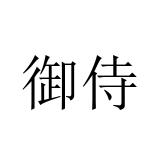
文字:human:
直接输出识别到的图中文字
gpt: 御侍